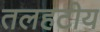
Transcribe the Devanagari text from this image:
तलहटीय